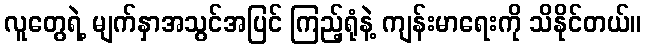
လူတွေရဲ့ မျက်နှာအသွင်အပြင် ကြည့်ရုံနဲ့ ကျန်းမာရေးကို သိနိုင်တယ်။